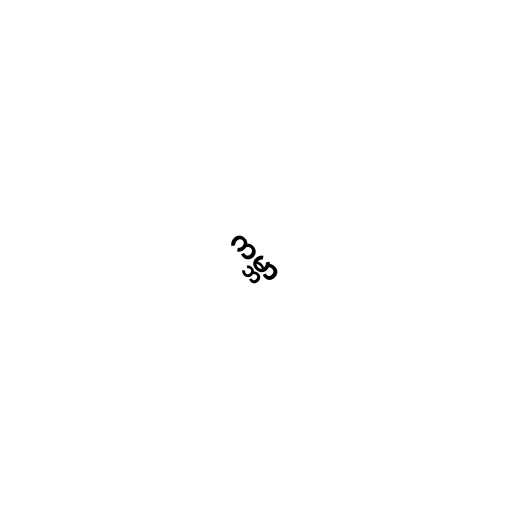
ကမ္ဘာ